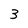
Character: 3